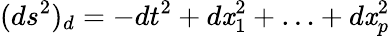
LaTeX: (ds^{2})_{d}=-dt^{2}+d\mathit{x}_{1}^{2}+\ldots+d\mathit{x}_{p}^{2}